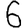
Digit: 6